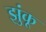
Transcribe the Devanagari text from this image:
झुंकू